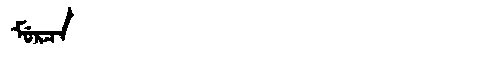
Manchu: ᠮᡠᡵᠴᠠ
Romanization: MURCA